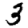
Digit: 3